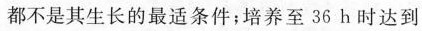
都不是其生长的最适条件；培养至36h时达到